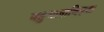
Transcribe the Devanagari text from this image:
बहुभाषाविज्ञता